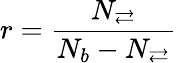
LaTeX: r=\frac{N_{\rightleftarrows}}{N_{b}-N_{\rightleftarrows}}